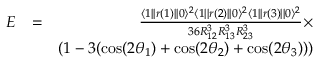
\begin{array} { r l r } { E } & { = } & { \frac { \langle 1 | | r ( 1 ) | | 0 \rangle ^ { 2 } \langle 1 | | r ( 2 ) | | 0 \rangle ^ { 2 } \langle 1 | | r ( 3 ) | | 0 \rangle ^ { 2 } } { 3 6 R _ { 1 2 } ^ { 3 } R _ { 1 3 } ^ { 3 } R _ { 2 3 } ^ { 3 } } \times } \\ & { } & { ( 1 - 3 ( \cos ( 2 \theta _ { 1 } ) + \cos ( 2 \theta _ { 2 } ) + \cos ( 2 \theta _ { 3 } ) ) ) } \end{array}